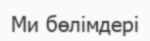
Ми бөлімдері